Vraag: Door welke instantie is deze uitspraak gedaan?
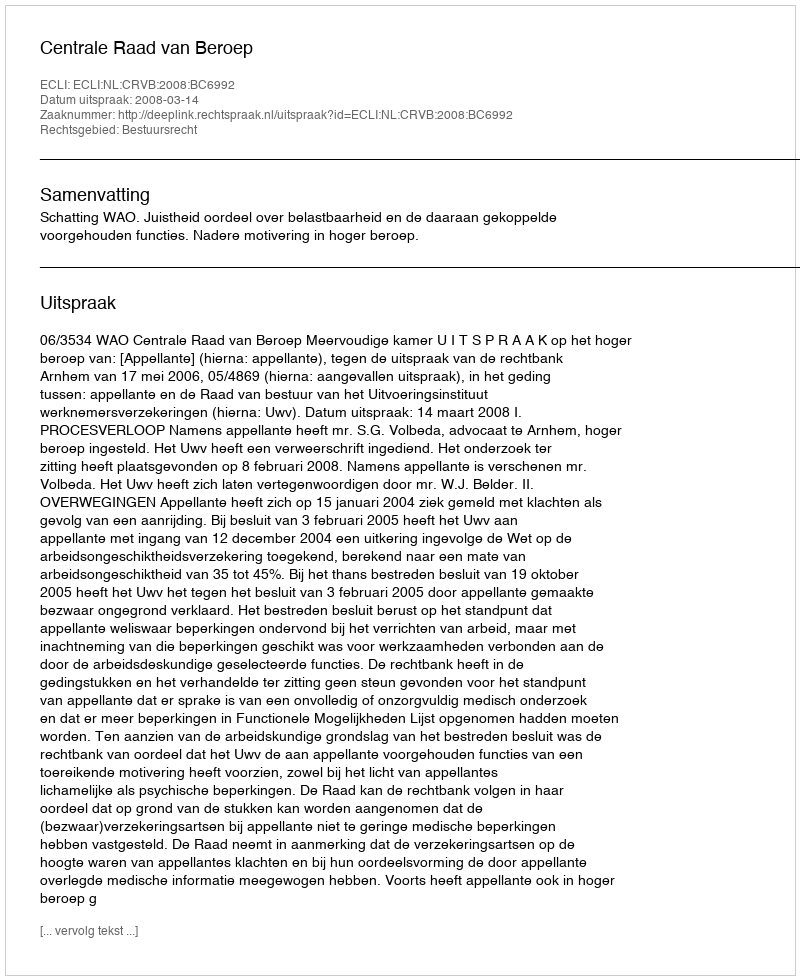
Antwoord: Centrale Raad van Beroep